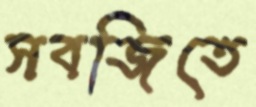
সবজিতে